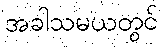
အခါသမယတွင်